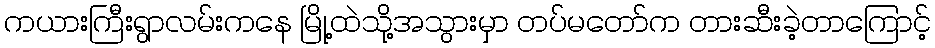
ကယားကြီးရွာလမ်းကနေ မြို့ထဲသို့အသွားမှာ တပ်မတော်က တားဆီးခဲ့တာကြောင့်